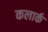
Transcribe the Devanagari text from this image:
कलार्क